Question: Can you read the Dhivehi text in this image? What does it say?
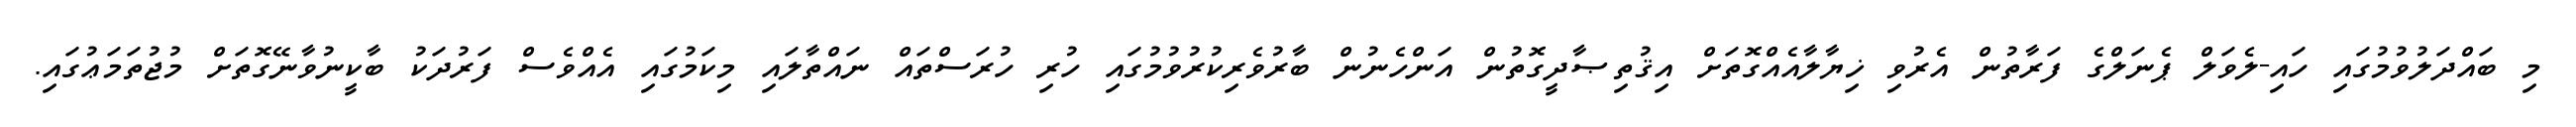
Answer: މި ބައްދަލުވުމުގައި ހައި-ލެވަލް ޕެނަލްގެ ފަރާތުން އެރުވި ޚިޔާލާއެއްގޮތަށް އިޤުތިޞާދީގޮތުން އަންހެނުން ބާރުވެރިކުރުވުމުގައި ހުރި ހުރަސްތައް ނައްތާލައި މިކަމުގައި އެއްވެސް ފަރުދަކު ބާކީނުވާނޭގޮތަށް މުޖުތަމަޢުގައި.